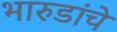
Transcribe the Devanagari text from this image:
भारुडांचे